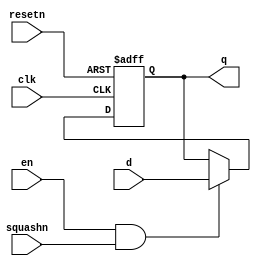
/****************************************************************************
          Generic Register
****************************************************************************/
module lo_reg_32 (d,clk,resetn,squashn,en,q);

input clk;
input resetn;
input squashn;
input en;
input [32-1:0] d;
output [32-1:0] q;
reg [32-1:0] q;

always @(posedge clk or negedge resetn)		//asynchronous reset
begin
	if (resetn==0)
		q<=0;
	else if (en==1 && squashn)
		q<=d;
end

endmodule